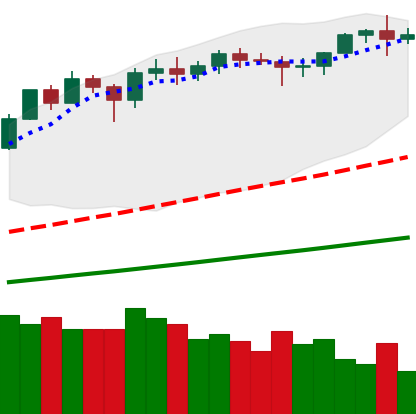
Ticker: ETH-USD
Chart end date: 2021-02-21
Forward return: -25.293%
Label: down_7plus